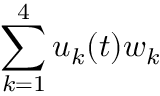
\sum _ { k = 1 } ^ { 4 } u _ { k } ( t ) w _ { k }